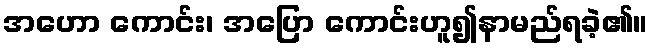
အဟော ကောင်း၊ အပြော ကောင်းဟူ၍နာမည်ရခဲ့၏။